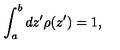
\int _ { a } ^ { b } d z ^ { \prime } \rho ( z ^ { \prime } ) = 1 ,